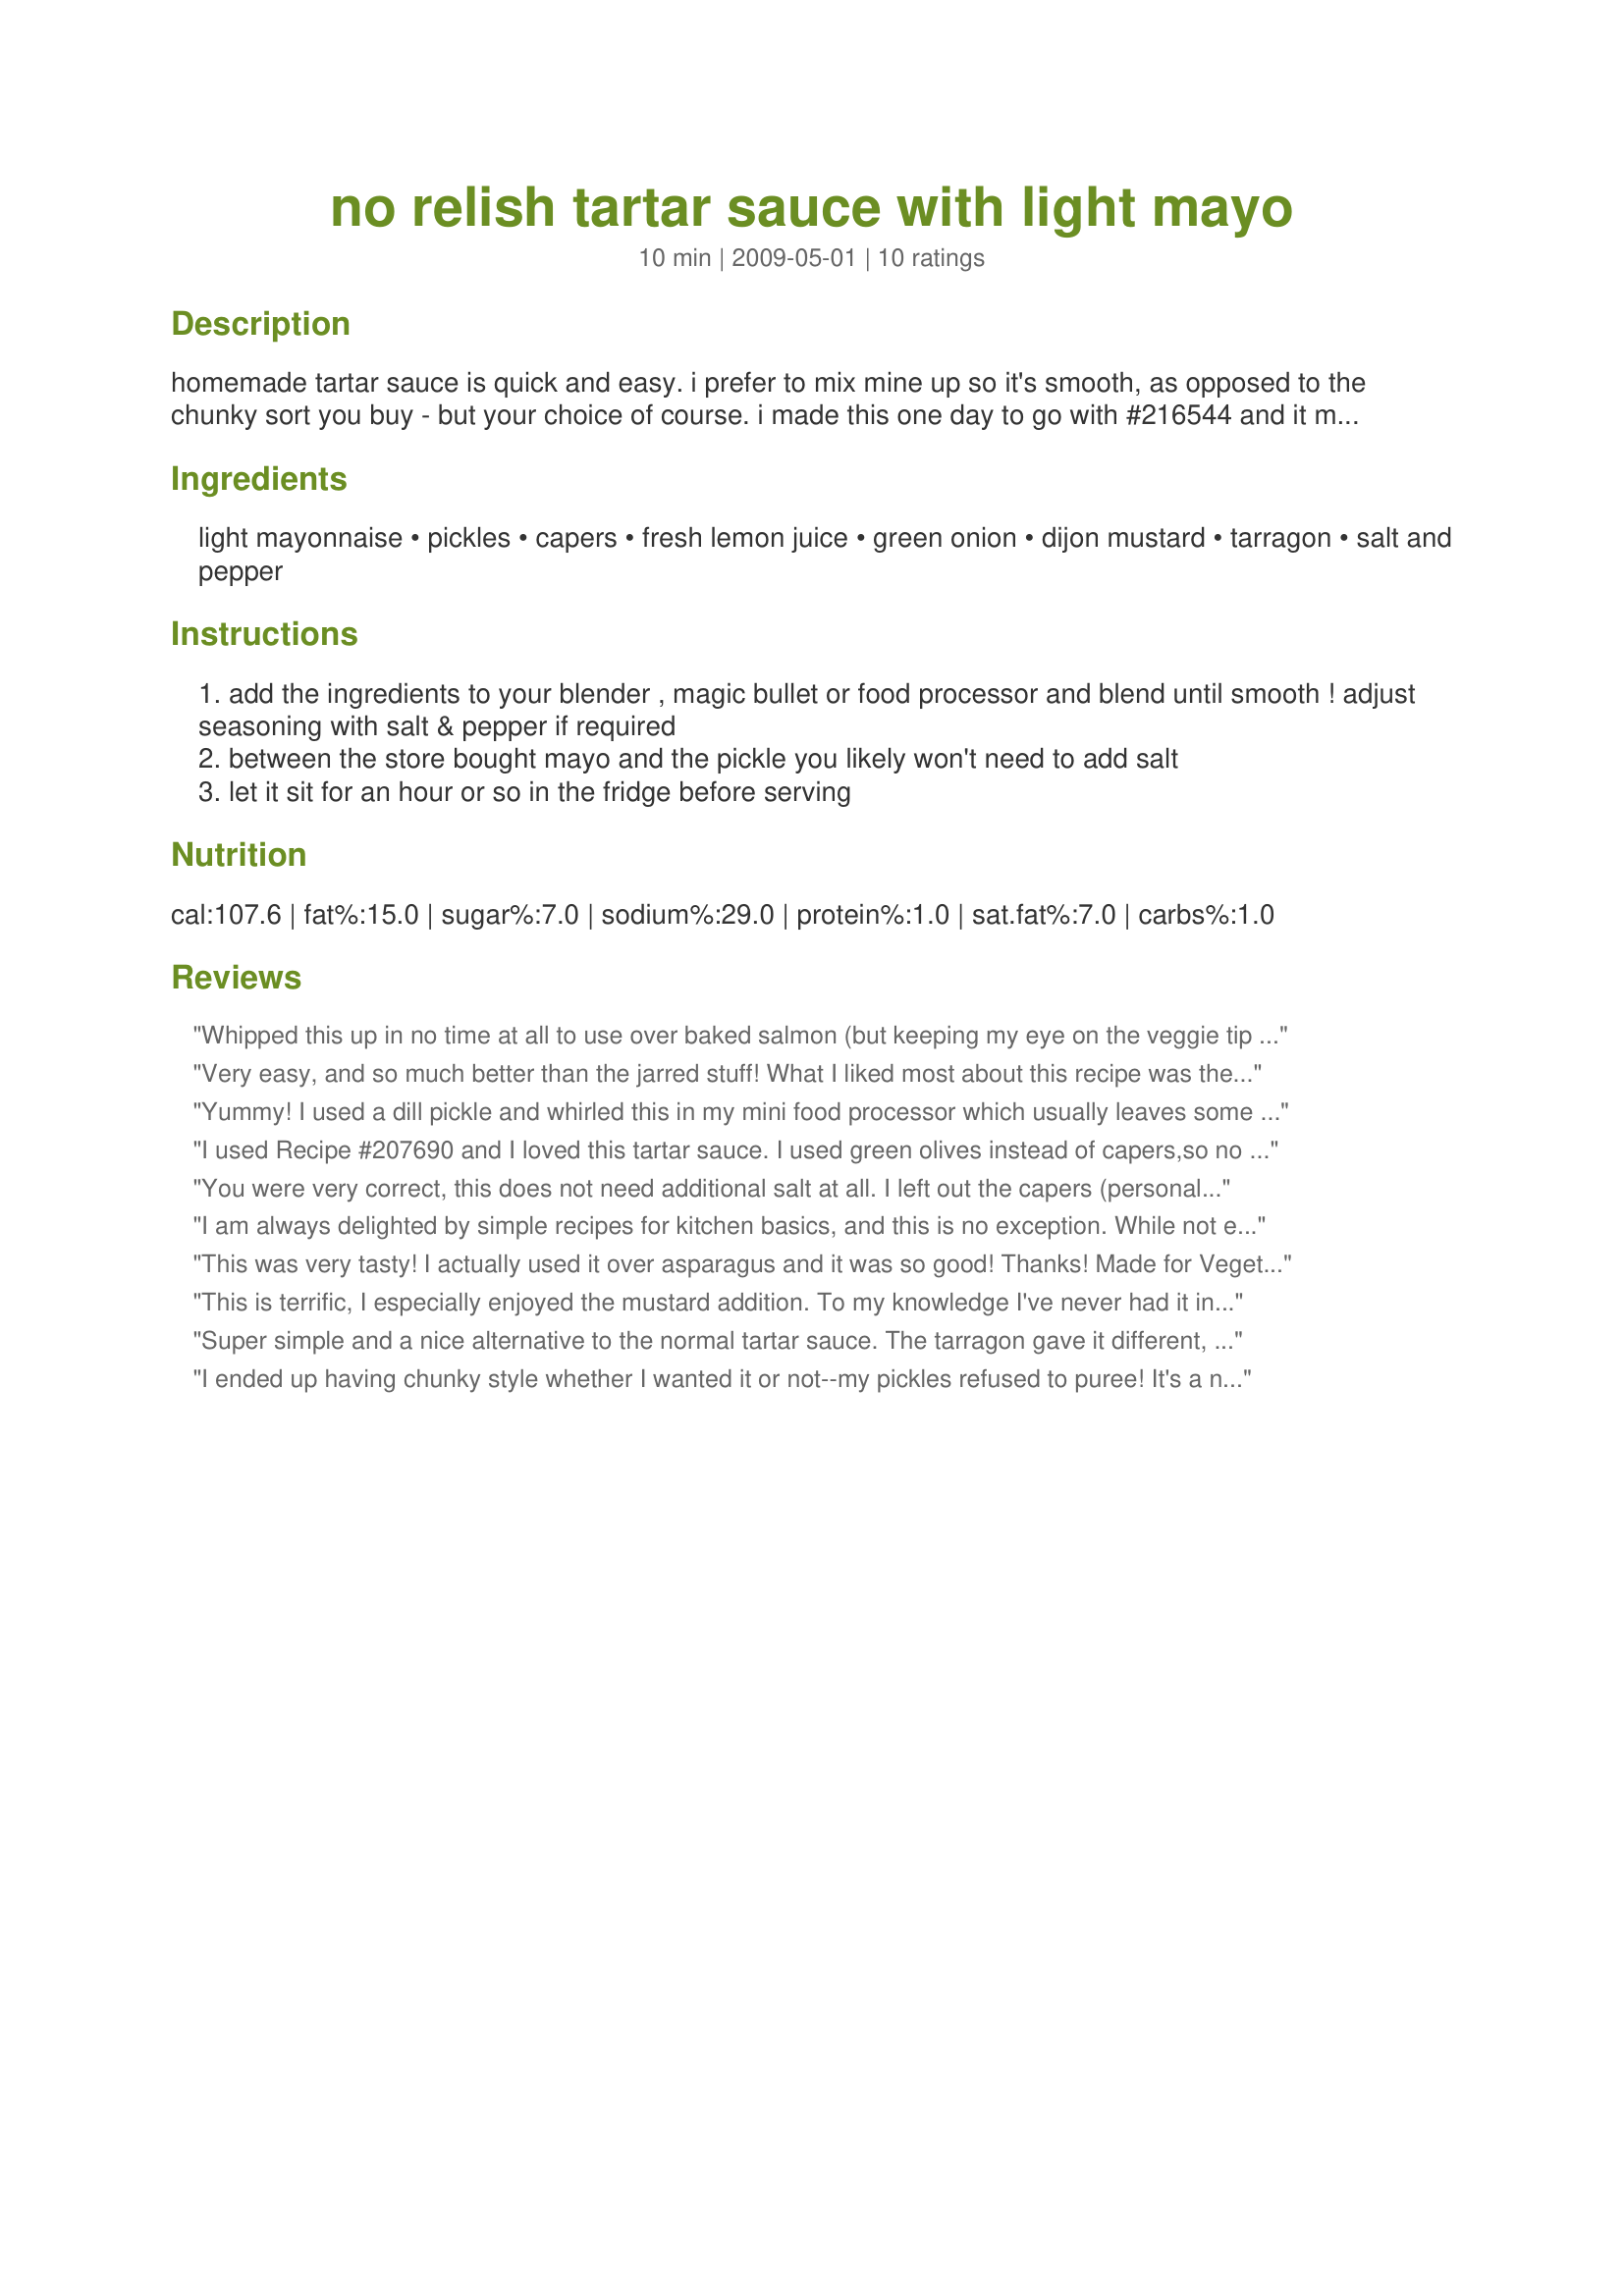
no relish tartar sauce with light mayo
Preparation time: 10 minutes

homemade tartar sauce is quick and easy. i prefer to mix mine up so it's smooth, as opposed to the chunky sort you buy - but your choice of course. i made this one day to go with #216544 and it makes more than enough for 8 people (and we like sauce!).

Ingredients:
light mayonnaise, pickles, capers, fresh lemon juice, green onion, dijon mustard, tarragon, salt and pepper

Steps:
add the ingredients to your blender , magic bullet or food processor and blend until smooth ! adjust seasoning with salt & pepper if required
between the store bought mayo and the pickle you likely won't need to add salt
let it sit for an hour or so in the fridge before serving

Reviews:
Whipped this up in no time at all to use over baked salmon (but keeping my eye on the veggie tip from Sharon's review)! And, for us it definitely didn't need any additional salt! A really great flavored tartar sauce, & certainly a keeper of a recipe! [Made & reviewed for this month's VIP in the Vegetarian/Vegan Recipe Swap 22]
Very easy, and so much better than the jarred stuff! What I liked most about this recipe was the beautiful color- a nice light green. I'm not a pickle fan, so having them blended in (and not getting a bite of one) also helped make this a winner! I added fresh tarragon from the garden, and the flavor was wonderful. I served with fish and chips. Made for ZWT6.
Yummy! I used a dill pickle and whirled this in my mini food processor which usually leaves some chunks in whatever I'm making. Very nice tartar sauce. Served with fish and chips. Thanks magpie diner for a nice keeper. Made for ZWT8 - Great Britain.
I used Recipe #207690 and I loved this tartar sauce. I used green olives instead of capers,so no salt needed. I liked the green onion addition. I used my own garlic and dill pickles.
You were very correct, this does not need additional salt at all. I left out the capers (personal taste) and I only had time to let this sit for about 30 minutes before I needed it for fish sandwiches! :) But gosh this was good! Thanks for posting! Made for our VIP Chef for the Veg*n Swap May 2010!
I am always delighted by simple recipes for kitchen basics, and this is no exception. While not entirely made from scratch, the end product is noticeably fresher tasting than its store bought compatriot. Especially so if you prefer your tartar sauce on the chunky side - the fresh pickles really add a satisfying crunch to the proceeding. The overall taste is more pungent as well. I can only imagine how this would taste with all homemade ingredients (or at least as far as is possible.)<br/><br/>I was unable to find garlic pickles, so had to use regular baby dills, and I accidentally bought no fat mayo, but it still tasted great. Recommended.
This was very tasty! I actually used it over asparagus and it was so good! Thanks! Made for Vegetarian swap-Dec. 2009.
This is terrific, I especially enjoyed the mustard addition. To my knowledge I've never had it in tartar sauce before. I like the chunks so didn't whizz mine and it took my plain pickerel to a higher plane. Yum.
Super simple and a nice alternative to the normal tartar sauce. The tarragon gave it different, perhaps more sophisticated feel. I am sure this would be great with fish but since we I made this for vegetarian tag, I had it on some potato cakes.
I ended up having chunky style whether I wanted it or not--my pickles refused to puree! It's a nice combination of flavors--good as a salad dressing. Thanks for posting!
